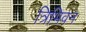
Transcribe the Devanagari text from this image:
त्रिभिवन